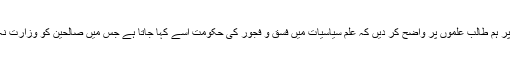
اس موقعے پر ہم طالب علموں پر واضح کر دیں کہ علم سیاسیات میں فسق و فجور کی حکومت اسے کہا جاتا ہے جس میں صالحین کو وزارت نہ دی جائے۔